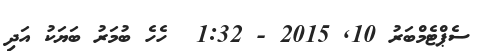
ސެޕްޓެމްބަރު 10